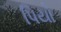
પિયો